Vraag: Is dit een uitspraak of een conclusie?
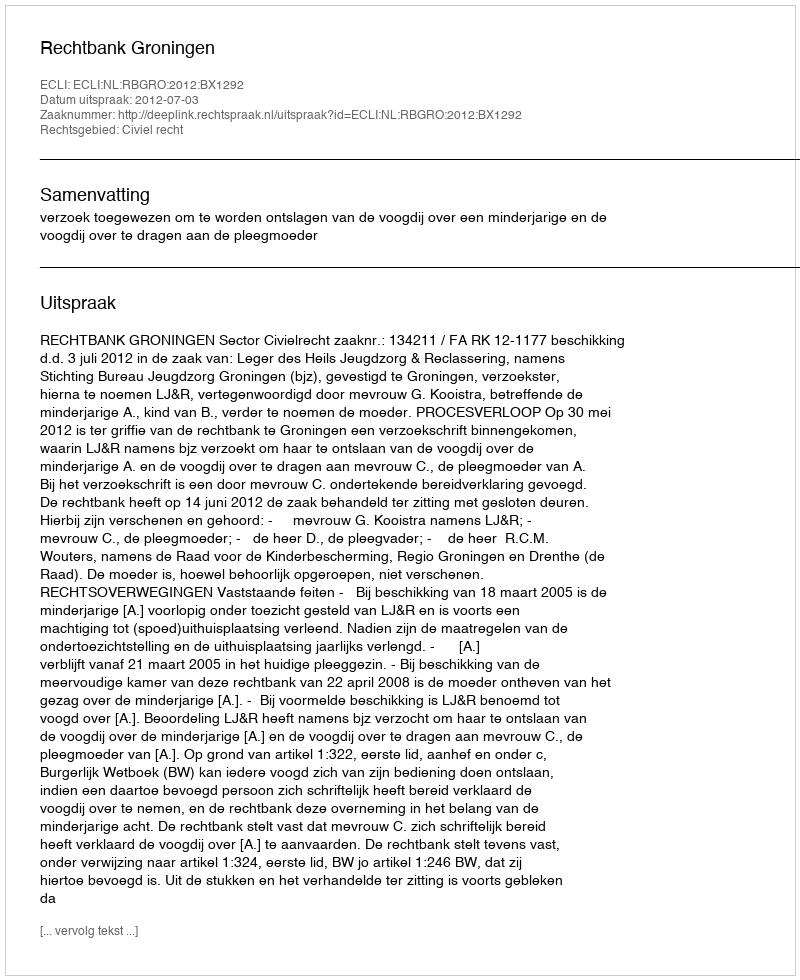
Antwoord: Uitspraak